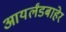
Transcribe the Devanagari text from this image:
आयर्लंडबाहेर